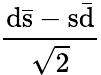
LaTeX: \mathrm{\frac{d{\bar{s}}-s{\bar{d}}}{\sqrt{2}}}